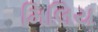
મિલિય